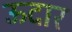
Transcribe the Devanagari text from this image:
ऊदार